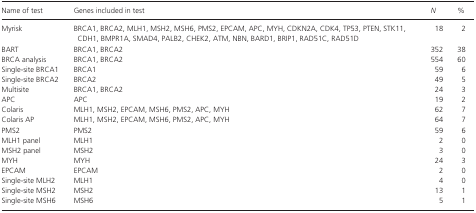
| Name of test | Genes included in test | N | % |
 | --- | --- | --- | --- |
 | Myrisk | BRCA1, BRCA2, MLH1, MSH2, MSH6, PMS2, EPCAM, APC, MYH, CDKN2A, CDK4, TP53, PTEN, STK11, CDH1, BMPR1A, SMAD4, PALB2, CHEK2, ATM, NBN, BARD1, BRIP1, RAD51C, RAD51D | 18 | 2 |
 | BART | BRCA1, BRCA2 | 352 | 38 |
 | BRCA analysis | BRCA1, BRCA2 | 554 | 60 |
 | Single‐site BRCA1 | BRCA1 | 59 | 6 |
 | Single‐site BRCA2 | BRCA2 | 49 | 5 |
 | Multisite | BRCA1, BRCA2 | 24 | 3 |
 | APC | APC | 19 | 2 |
 | Colaris | MLH1, MSH2, EPCAM, MSH6, PMS2, APC, MYH | 62 | 7 |
 | Colaris AP | MLH1, MSH2, EPCAM, MSH6, PMS2, APC, MYH | 64 | 7 |
 | PMS2 | PMS2 | 59 | 6 |
 | MLH1 panel | MLH1 | 2 | 0 |
 | MSH2 panel | MSH2 | 3 | 0 |
 | MYH | MYH | 24 | 3 |
 | EPCAM | EPCAM | 2 | 0 |
 | Single‐site MLH2 | MLH1 | 4 | 0 |
 | Single‐site MSH2 | MSH2 | 13 | 1 |
 | Single‐site MSH6 | MSH6 | 5 | 1 |